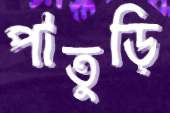
পাতুড়ি